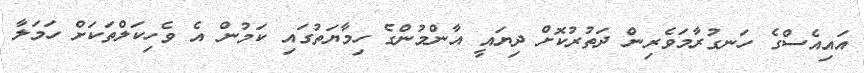
އައިއެސްގެ ހަނގުރާމަވެރިން ދަތުރުކޮށް ދިޔައީ އާންމުންގެ ހިމާޔަތުގައި ކަމުން އެ ވެހިކަލްތަކަށް ހަމަލާ